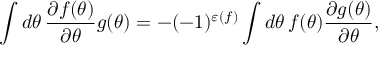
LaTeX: \int d \theta \, \frac { \partial f ( \theta ) } { \partial \theta } g ( \theta ) = - ( - 1 ) ^ { \varepsilon ( f ) } \int d \theta \, f ( \theta ) \frac { \partial g ( \theta ) } { \partial \theta } ,